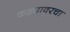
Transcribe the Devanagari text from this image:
कड्यावरचा